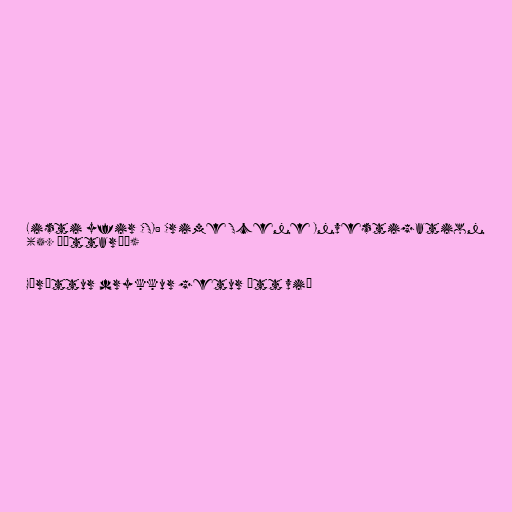
Listi yfir CSI: Crime Scene Investigation
(5. þáttaröð)

Göróttur drykkur getur átt við